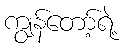
ကျွန်တော့်ရဲ့